Calcutta medical institutions reports 1892-1900
Year: 1892
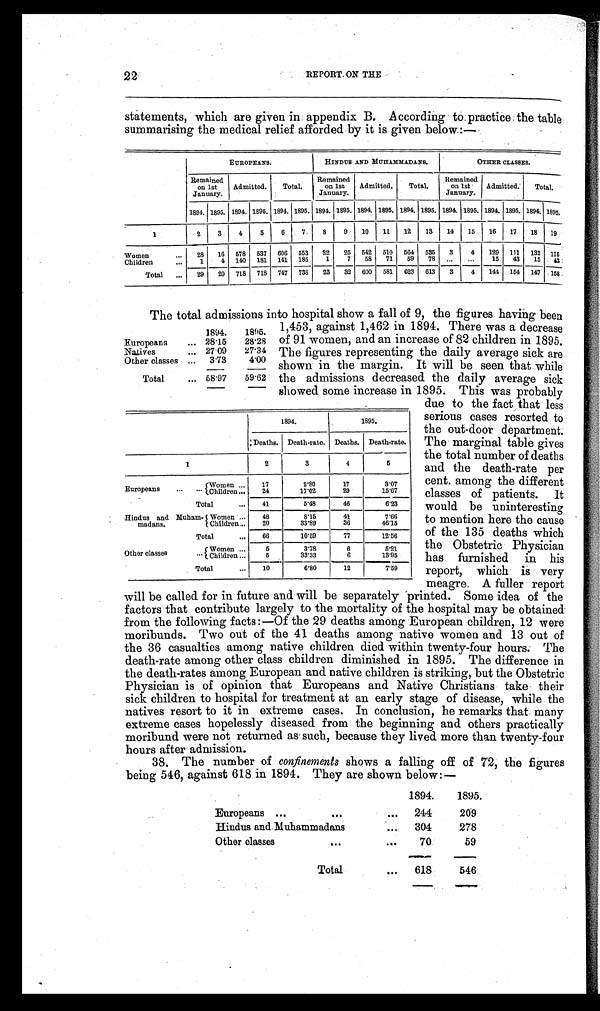
22
REPORT ON THE
statements, which are given in appendix B. According to practice the table
summarising the medical relief afforded by it is given below:—
EUROPEANS.
HINDUS AND MUHAMMADANS.
OTHER CLASSES.
Remained
on 1st
January.
Admitted. Total.
Remained on 1st
January.
Admitted. Total.
R e m a i n e d o n 1 s t
January. Admitted. Total.
1894. 1895. 1894. 1895. 1894. 1895. 1894. 1895. 1894. 1895. 1894.1 1895. 1894. 1895. 1894. 1895. 1894. 1895.
1
2 3 4
5 6 7 8 9 10 11 12 13 14 15 16 17 18 19
W o m e n 28 16 578 537 606 553 22 25 542 510 564 535 3 4 129 111 132 115
Children
1 4 140 181 141 185 1 7 58 71 59 78
15 43 15 43
Total
29 20 718 718 747 738 23 32 600 581 623 613 3 4 144 154 147 158 .
The total admissions into hospital show a fall of 9, the figures having been
1,453, against 1,462 in 1894. There was a decrease
of 91 women, and an increase of 82 children in 1895.
The figures representing the daily average sick are
shown in the margin. It will be seen that while
the admissions decreased the daily average sick
showed some increase in 1895. This was probably
1894.
1895.
Europeans
28.15 28.28
N a t i v e s 27.09 27.34
Other classes
3.73
4.00
Total
58.97 59.62
1894.
1895.
Deaths. Death-rate. Deaths. Death-rate.
1
2
3
4
5
Europeans
Women
17
2.80
17
3.07
Children
24
17.02
29
15.67
Total
41
5.48
46
6.23
Hindus and Muham- Women
46
8.15
41
7.66
madans.
Children
20
33.89
36
46.15
Total
66
10.59
77
12.56
Other classes
Women
5
3.78
6
5.21
Children
5
33.33
6
13.95
Total
10
6.80
12
7.59
due to the fact that less
serious cases resorted to
the out-door department.
The marginal table gives
the total number of deaths
and the death-rate per
cent. among the different
classes of patients. It
would be uninteresting
to mention here the cause
of the 135 deaths which
the Obstetric Physician
has furnished in his
report, which is very
meagre. A fuller report
will be called for in future and will be separately printed. Some idea of the
factors that contribute largely to the mortality of the hospital may be obtained
from the following facts:—Of the 29 deaths among European children, 12 were
moribunds. Two out of the 41 deaths among native women and 13 out of
the 36 casualties among native children died within twenty-four hours. The
death-rate among other class children diminished in 1895. The difference in
the death-rates among European and native children is striking, but the Obstetric
Physician is of opinion that Europeans and Native Christians take their
sick children to hospital for treatment at an early stage of disease, while the
natives resort to it in extreme cases. In conclusion, he remarks that many
extreme cases hopelessly diseased from the beginning and others practically
moribund were not returned as such, because they lived more than twenty-four
hours after admission.
38. The number of confinements shows a falling off of 72, the figures
being 546, against 618 in 1894. They are shown below:—
1894.
1895.
Europeans
244
209
Hindus and Muhammadans
304
278
Other classes
70
59
Total
618
546